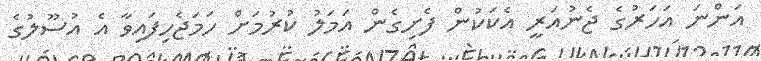
އަންނަ އަހަރުގެ ޖެނުއަރީ އެކަކުން ފެށިގެން އަމަލު ކުރުމަށް ހަމަޖެހިފައިވާ އެ އުސޫލުގެ